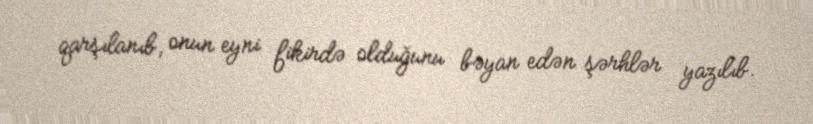
qarşılanıb, onun eyni fikirdə olduğunu bəyan edən şərhlər yazılıb.